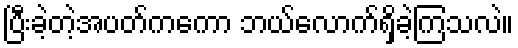
ပြီးခဲ့တဲ့အပတ်ကကော ဘယ်လောက်ရှိခဲ့ကြသလဲ။